Report of an investigation into the causes of malaria in Bombay and the measures necessary for its control
Disease focus: Malaria
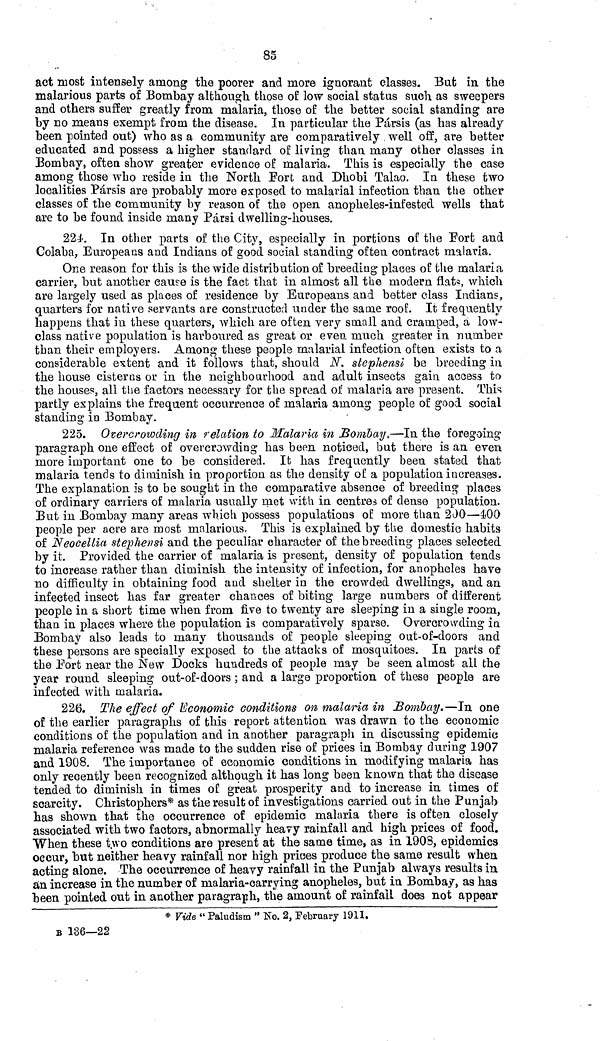
85
act most intensely among the poorer and more ignorant classes. But in the
malarious parts of Bombay although those of low social status such as sweepers
and others suffer greatly from malaria, those of the better social standing are
by no means exempt from the disease. In particular the Pársis (as has already
been pointed out) who as a community are comparatively well off, are better
educated and possess a higher standard of living than many other classes in
Bombay, often show greater evidence of malaria. This is especially the case
among those who reside in the North Port and Dhobi Talao. In these two
localities Pársis are probably more exposed to malarial infection than the other
classes of the community by reason of the open anopheles-infested wells that
are to be found inside many Pársi dwelling-houses.
224. In other parts of the City, especially in portions of the Fort and
Colaba, Europeans and Indians of good social standing often contract malaria.
One reason for this is the wide distribution of breeding places of the malaria
carrier, but another cause is the fact that in almost all the modern flats which
are largely used as places of residence by Europeans and better class Indians,
quarters for native servants are constructed under the same roof. It frequently
happens that in these quarters, which are often very small and cramped, a low-
class native population is harboured as great or even much greater in number
than their employers. Among these people malarial infection often exists to a
considerable extent and it follows that, should N. stephensi be breeding in.
the house cisterus or in the neighbourhood and adult insects gain access to
the houses, all the factors necessary for the spread of malaria are present. This
partly explains the frequent occurrence of malaria among people of good social
standing in Bombay.
225. Overcrowding in relation to Malaria in Bombay —In the foregoing
paragraph one effect of overcrowding has been noticed, but there is an even
more important one to be considered. It has frequently been stated that
malaria tends to diminish in proportion as the density of a population increases.
The explanation is to be sought in the comparative absence of breeding places
of ordinary carriers of malaria usually met with in centres of dense population.
But in Bombay many areas which possess populations of more than 200—400
people per acre are most malarious. This is explained by the domestic habits
of Neocellia stephensi and the peculiar character of the breeding places selected
by it. Provided the carrier of malaria is present, density of population tends
to increase rather than diminish the intensity of infection, for anopheles have
no difficulty in obtaining food and shelter in the crowded dwellings, and an
infected insect has far greater chances of biting large numbers of different
people in a short time when from five to twenty are sleeping in a single room,
than in places where the population is comparatively sparse. Overcrowding in
Bombay also leads to many thousands of people sleeping out-of-doors and
these persons are specially exposed to the attacks of mosquitoes. In parts of
the Port near the New Docks hundreds of people may be seen almost all the
year round sleeping out-of-doors ; and a large proportion of these people are
infected with malaria.
226. The effect of Economic conditions on malaria in Bombay.—In one
of the earlier paragraphs of this report attention was drawn to the economic
conditions of the population and in another paragraph in discussing epidemic
malaria reference was made to the sudden rise of prices in Bombay during 1907
and 1908. The importance of economic conditions in modifying malaria has
only recently been recognized although it has long been known that the disease
tended to diminish in times of great prosperity and to increase in times of
scarcity. Christophers* as the result of investigations carried out in the Punjab
has shown that the occurrence of epidemic malaria there is often closely
associated with two factors, abnormally heavy rainfall and high prices of food.
When these two conditions are present at the same time, as in 1908, epidemics
occur, but neither heavy rainfall nor high prices produce the same result when
acting alone. The occurrence of heavy rainfall in the Punjab always results in
an increase in the number of malaria-carrying anopheles, but in Bombay, as has
been pointed ont in another paragraph, the amount of rainfall does not appear
* Vide " Paludism " No. 2, February 1911.
B 136—22